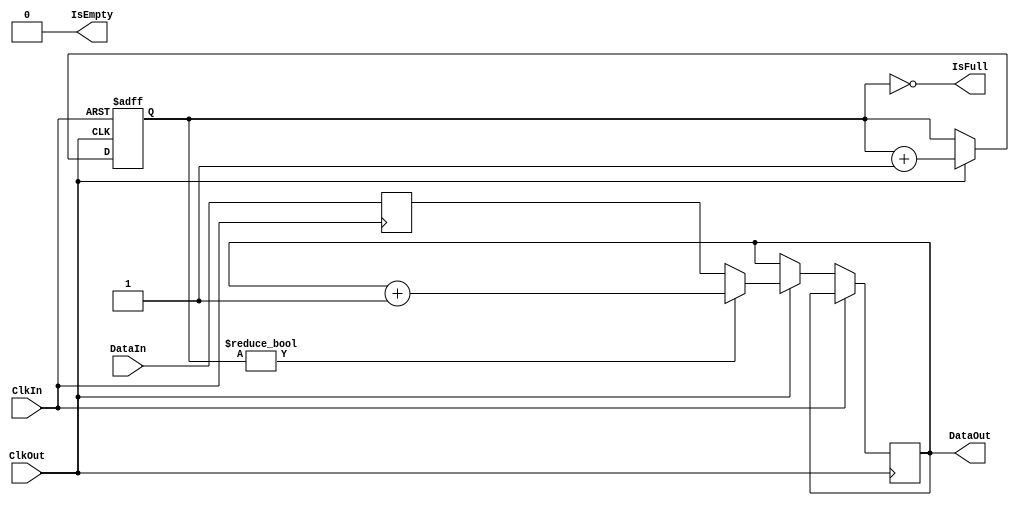
`timescale 1ns/1ps

// Sequence generator - First In First Out

module seqfifo #( 
    parameter BUFSIZE = 16, // buffer size
    parameter STRIDE = 1'b1, // stride of range elements
    parameter IWIDTH = 4, // buffer index width
    parameter WWIDTH = 8 // memory word width
) (
    input wire[WWIDTH-1:0] DataIn,
    output reg[WWIDTH-1:0] DataOut,
    
    input wire ClkIn,
    input wire ClkOut,

    output wire IsFull,
    output wire IsEmpty
);

reg[WWIDTH-1:0] DataStart;
reg[IWIDTH-1:0] IndexOut = 1'b0;

assign IsFull = IndexOut == 1'b0;
assign IsEmpty = IndexOut == BUFSIZE;

always @(posedge ClkIn) DataStart <= DataIn;

always @(posedge ClkIn or posedge ClkOut) begin
    if (ClkIn) begin
        IndexOut <= 1'b0;
    end else if (ClkOut && !IsEmpty) begin
        DataOut <= IndexOut ? DataOut + STRIDE : DataStart;
        IndexOut <= IndexOut + 1'b1;
    end
end

endmodule